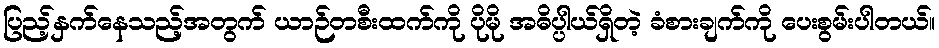
ပြည့်နှက်နေသည့်အတွက် ယာဉ်တစီးထက်ကို ပိုမို အဓိပ္ပါယ်ရှိတဲ့ ခံစားချက်ကို ပေးစွမ်းပါတယ်။